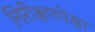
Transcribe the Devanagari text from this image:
निरीक्षणपेक्षा